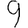
Digit: 9